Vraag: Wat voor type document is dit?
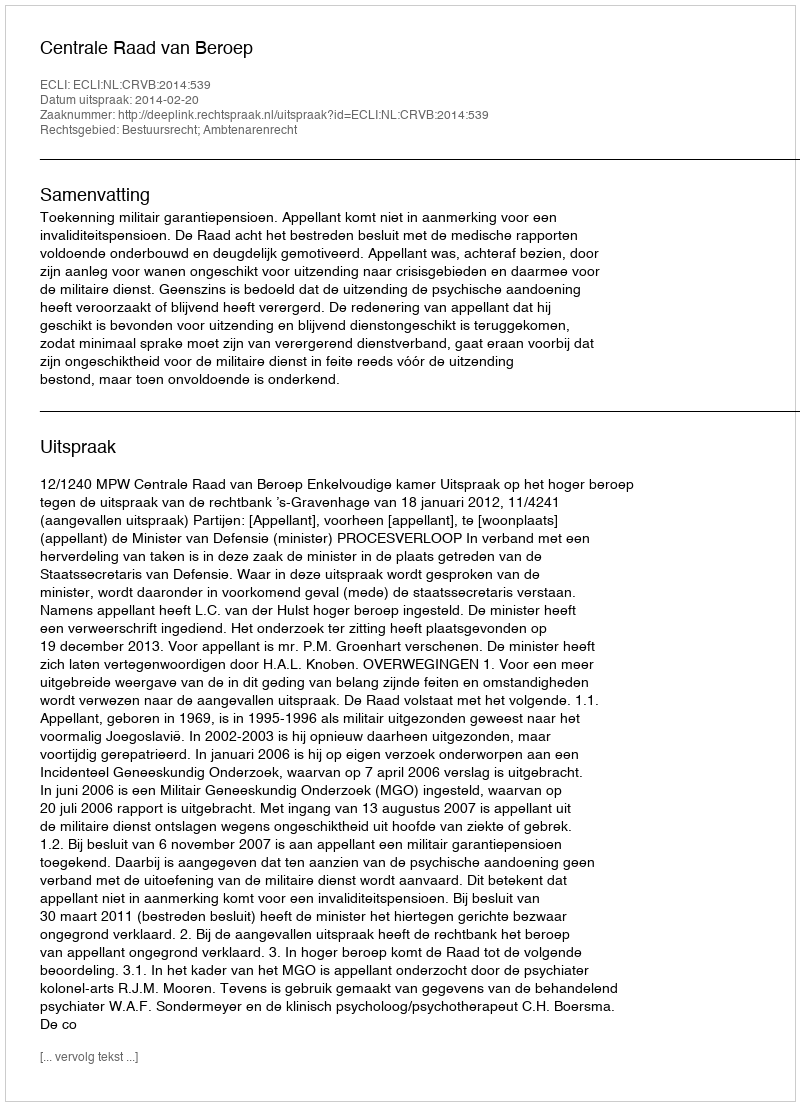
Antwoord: Uitspraak